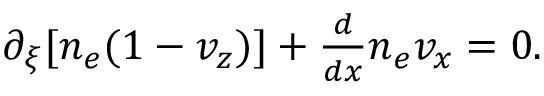
\begin{array} { r } { \partial _ { \xi } [ n _ { e } ( 1 - v _ { z } ) ] + \frac { d } { d x } n _ { e } v _ { x } = 0 . } \end{array}